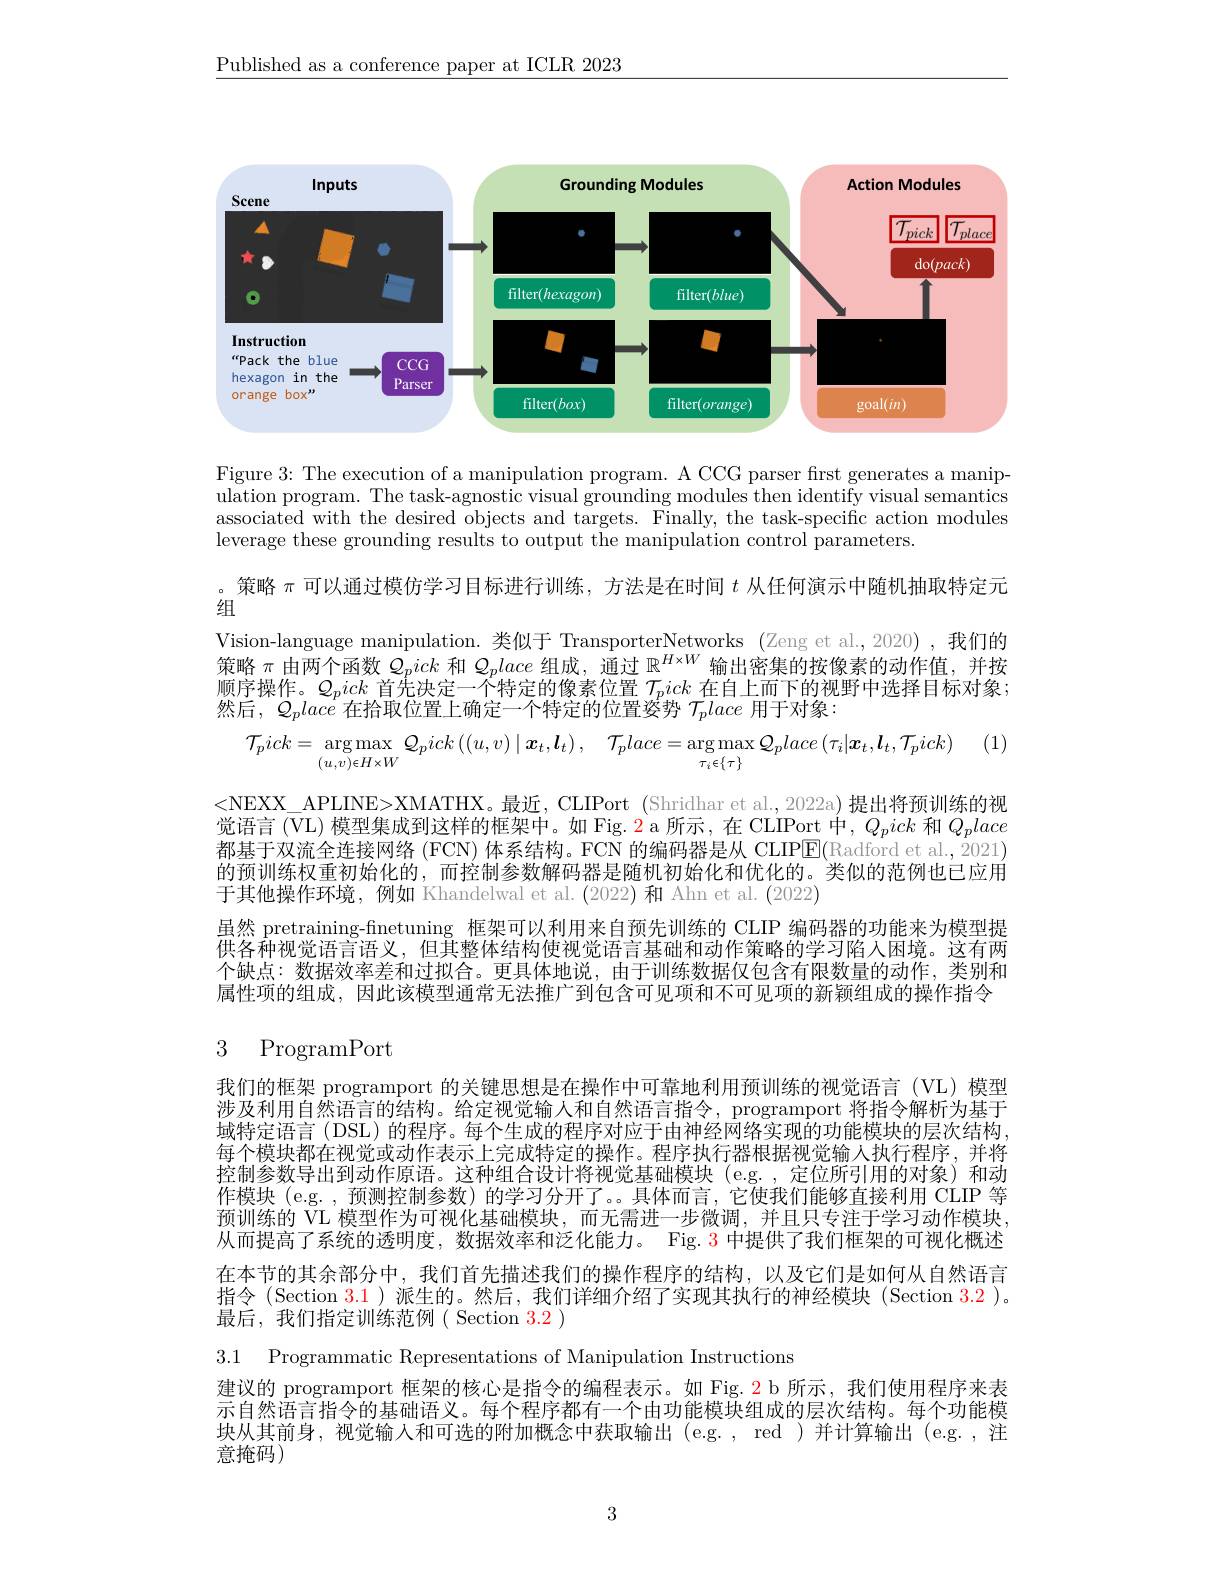
$\underline{\text{Published as a conference paper at ICLR 2023}}$

<FigureHere>

Figure 3: The execution of a manipulation program. A CCG parser first generates a manipulation program. The task-agnostic visual grounding modules then identify visual semantics associated with the desired objects and targets. Finally, the task-specific action modules leverage these grounding results to output the manipulation control parameters.

。策略$\pi$可以通过模仿学习目标进行训练，方法是在时间$t$从任何演示中随机抽取特定元

组

Vision-language manipulation.类似于 TransporterNetworks (Zeng et al.,2020) ,我们的策略$\pi$由两个函数$Q_pick$和$Q_place$组成，通过$\mathbb{R}^H\times W$输出密集的按像素的动作值，并按顺序操作。$Q_pick$首先决定一个特定的像素位置$\mathcal{T}_pick$在自上而下的视野中选择目标对象； 然后，$\mathcal{Q}_place$在拾取位置上确定一个特定的位置婆势$\mathcal{T}_place$用于对象：

(1)
$$\mathcal{T}_{p}ick=\underset{(u,v)\in H\times W}{\arg\operatorname*{max}}\mathcal{Q}_{p}ick\left((u,v)\mid\boldsymbol{x}_{t},\boldsymbol{l}_{t}\right),\quad\mathcal{T}_{p}lace=\underset{\tau_{i}\epsilon\{\tau\}}{\arg\operatorname*{max}}\mathcal{Q}_{p}lace\left(\tau_{i}|\boldsymbol{x}_{t},\boldsymbol{l}_{t},\mathcal{T}_{p}ick\right)$$
<NEXX\_APLINE>XMATHX。最近，CLIPort (Shridhar et al., 2022a) 提出将预训练的视觉语言 (VL) 模型集成到这样的框架中。如 Fig. 2 a 所示，在 CLIPort 中，$Q_pick$ 和$Q_place$ 都基于双流全连接网络 (FCN) 体系结构。FCN 的编码器是从 CLIP$\overline{\mathrm{E}}($Radford et al., 2021) 的预训练权重初始化的，而控制参数解码器是随机初始化和优化的。类似的范例也已应用于其他操作环境，例如 Khandelwal et al.(2022) 和 Ahn et al.(2022)

虽然 pretraining-finetuning 框架可以利用来自预先训练的 CLIP 编码器的功能来为模型提供各种视觉语言语义，但其整体结构使视觉语言基础和动作策略的学习陷人困境。这有两个缺点：数据效率差和过拟合。更具体地说，由于训练数据仅包含有限数量的动作，类别和属性项的组成，因此该模型通常无法推广到包含可见项和不可见项的新颖组成的操作指令

## 3 ProgramPort

我们的框架 programport 的关键思想是在操作中可靠地利用预训练的视觉语言(VL)模型涉及利用自然语言的结构。给定视觉输入和自然语言指令，programport 将指令解析为基于域特定语言 (DSL) 的程序。每个生成的程序对应于由神经网络实现的功能模块的层次结构， 每个模块都在视觉或动作表示上完成特定的操作。程序执行器根据视觉输人执行程序，并将控制参数导出到动作原语。这种组合设计将视觉基础模块(e.g.,定位所引用的对象)和动作模块(e.g.,预测控制参数)的学习分开了。。具体而言，它使我们能够直接利用 CLIP 等预训练的 VL 模型作为可视化基础模块，而无需进一步微调，并且只专注于学习动作模块， 从而提高了系统的透明度，数据效率和泛化能力。Fig. 3 中提供了我们框架的可视化概述在本节的其余部分中，我们首先描述我们的操作程序的结构，以及它们是如何从自然语言指令 (Section 3.1)派生的。然后，我们详细介绍了实现其执行的神经模块 (Section 3.2 )。最后，我们指定训练范例( Section 3.2 )

3.1 Programmatic Representations of Manipulation Instructions

建议的 programport 框架的核心是指令的编程表示。如 Fig. 2 b 所示，我们使用程序来表示自然语言指令的基础语义。每个程序都有一个由功能模块组成的层次结构。每个功能模块从其前身，视觉输入和可选的附加概念中获取输出(e.g.,red)并计算输出(e.g.,注意掩码)

3